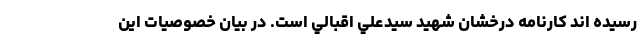
رسيده اند كارنامه درخشان شهيد سيدعلي اقبالي است. در بيان خصوصيات اين